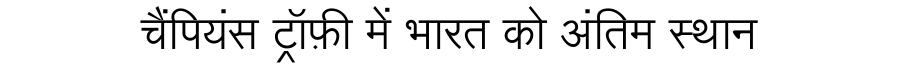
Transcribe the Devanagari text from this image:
चैंपियंस ट्रॉफ़ी में भारत को अंतिम स्थान